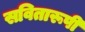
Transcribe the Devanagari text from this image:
सवितारूपी